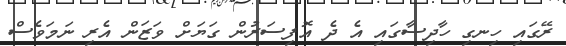
ރޭގައި ހިނގި ހާދިސާގައި އެ ދެ އޮފިސަރުން ގަޔަށް ވަޒަން އެރި ނަމަވެސް